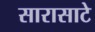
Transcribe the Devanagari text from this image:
सारासाटे